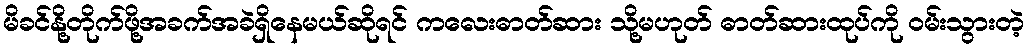
မိခင်နို့တိုက်ဖို့အခက်အခဲရှိနေမယ်ဆိုရင် ကလေးဓာတ်ဆား သို့မဟုတ် ဓာတ်ဆားထုပ်ကို ၀မ်းသွားတဲ့